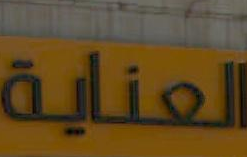
العناية